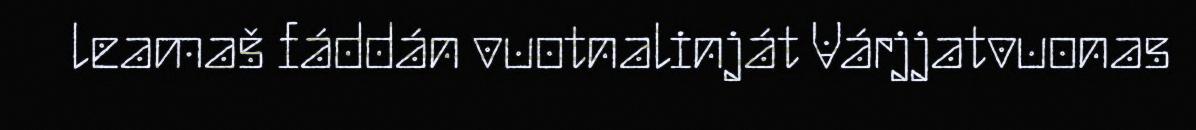
leamaš fáddán vuotnalinját Várjjatvuonas